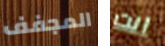
المجفف انت